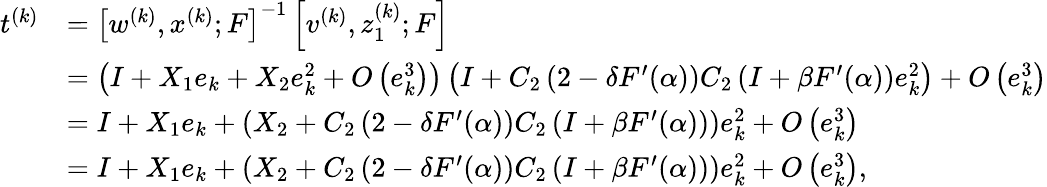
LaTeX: \begin{array}{rl}{t^{(k)}}&{=\left[w^{(k)},x^{(k)};F\right]^{-1}\left[v^{(k)},z_{1}^{(k)};F\right]}\\ &{=\left(I+X_{1}e_{k}+X_{2}e_{k}^{2}+O\left(e_{k}^{3}\right)\right)\left(I+C_{2}\left(2-\delta F^{\prime}(\alpha)\right)C_{2}\left(I+\beta F^{\prime}(\alpha)\right)e_{k}^{2}\right)+O\left(e_{k}^{3}\right)}\\ &{=I+X_{1}e_{k}+(X_{2}+C_{2}\left(2-\delta F^{\prime}(\alpha)\right)C_{2}\left(I+\beta F^{\prime}(\alpha)\right))e_{k}^{2}+O\left(e_{k}^{3}\right)}\\ &{=I+X_{1}e_{k}+(X_{2}+C_{2}\left(2-\delta F^{\prime}(\alpha)\right)C_{2}\left(I+\beta F^{\prime}(\alpha)\right))e_{k}^{2}+O\left(e_{k}^{3}\right),}\end{array}